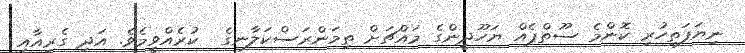
ނިޔަފަތިހުރި ކޮންމެ ސޫތްޕެއް ޔަހޫދީންގެ މައްޗަށް ތިމަންރަސްކަލާނގެ  ކުރެއްވީމެވެ. އަދި ގެރިއާއި